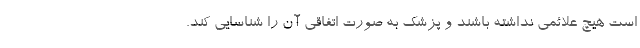
است هیچ علائمی نداشته باشند و پزشک به صورت اتفاقی آن را شناسایی کند.